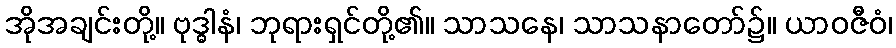
အိုအချင်းတို့။ ဗုဒ္ဓါနံ၊ ဘုရားရှင်တို့၏။ သာသနေ၊ သာသနာတော်၌။ ယာဝဇီဝံ၊